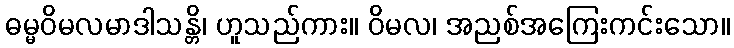
ဓမ္မဝိမလမာဒါသန္တိ၊ ဟူသည်ကား။ ဝိမလ၊ အညစ်အကြေးကင်းသော။